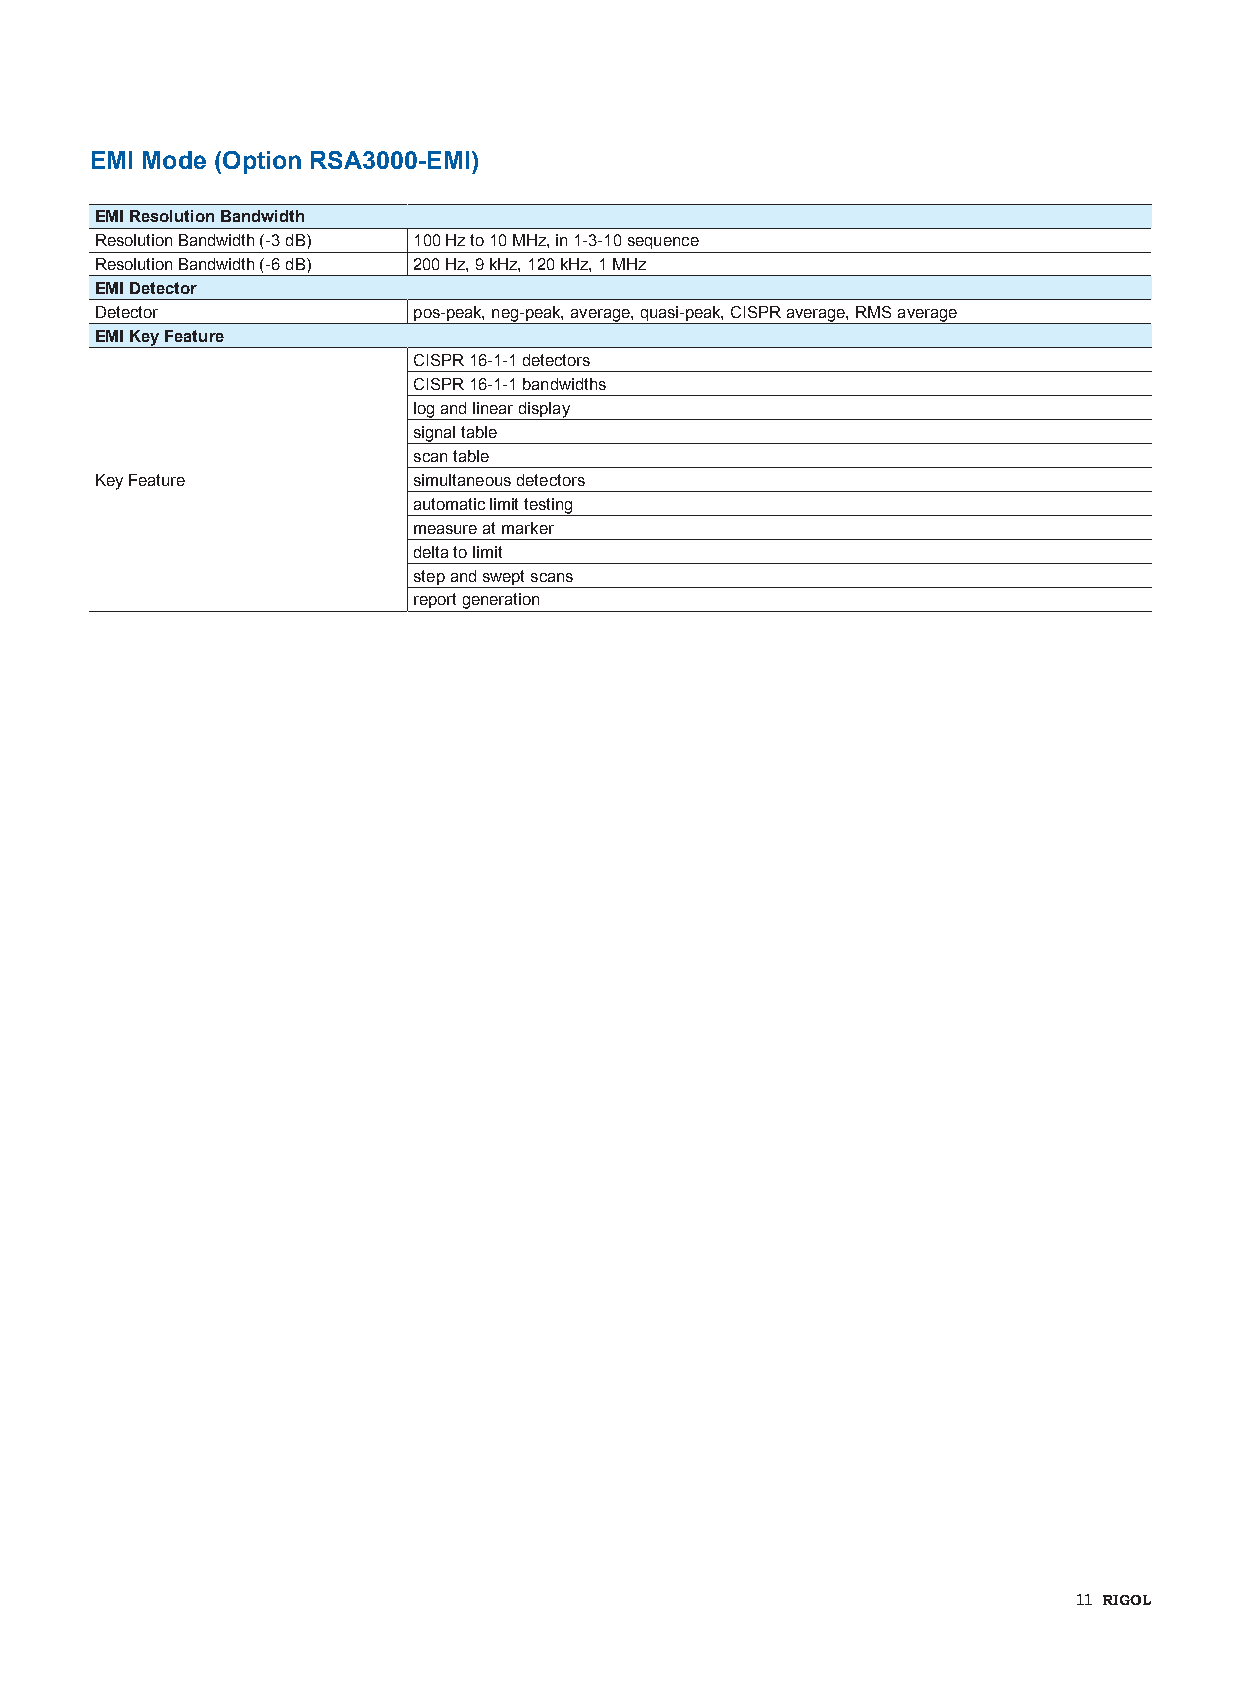
EMI Mode (Option RSA3000-EMI)
 EMI Resolution Bandwidth
 Resolution Bandwidth (-3 dB) 100 Hz to 10 MHz, in 1-3-10 sequence
 Resolution Bandwidth (-6 dB) 200 Hz, 9 kHz, 120 kHz, 1 MHz
 EMI Detector
 Detector             pos-peak, neg-peak, average, quasi-peak, CISPR average, RMS average
 EMI Key Feature
 CISPR 16-1-1 detectors
 CISPR 16-1-1 bandwidths
 log and linear display
 signal table
 scan table
 Key Feature          simultaneous detectors
 automatic limit testing
 measure at marker
 delta to limit
 step and swept scans
 report generation
 11 RIGOL